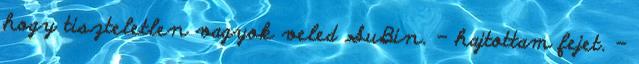
hogy tiszteletlen vagyok veled SuBin. - hajtottam fejet. -